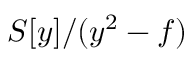
S [ y ] / ( y ^ { 2 } - f )